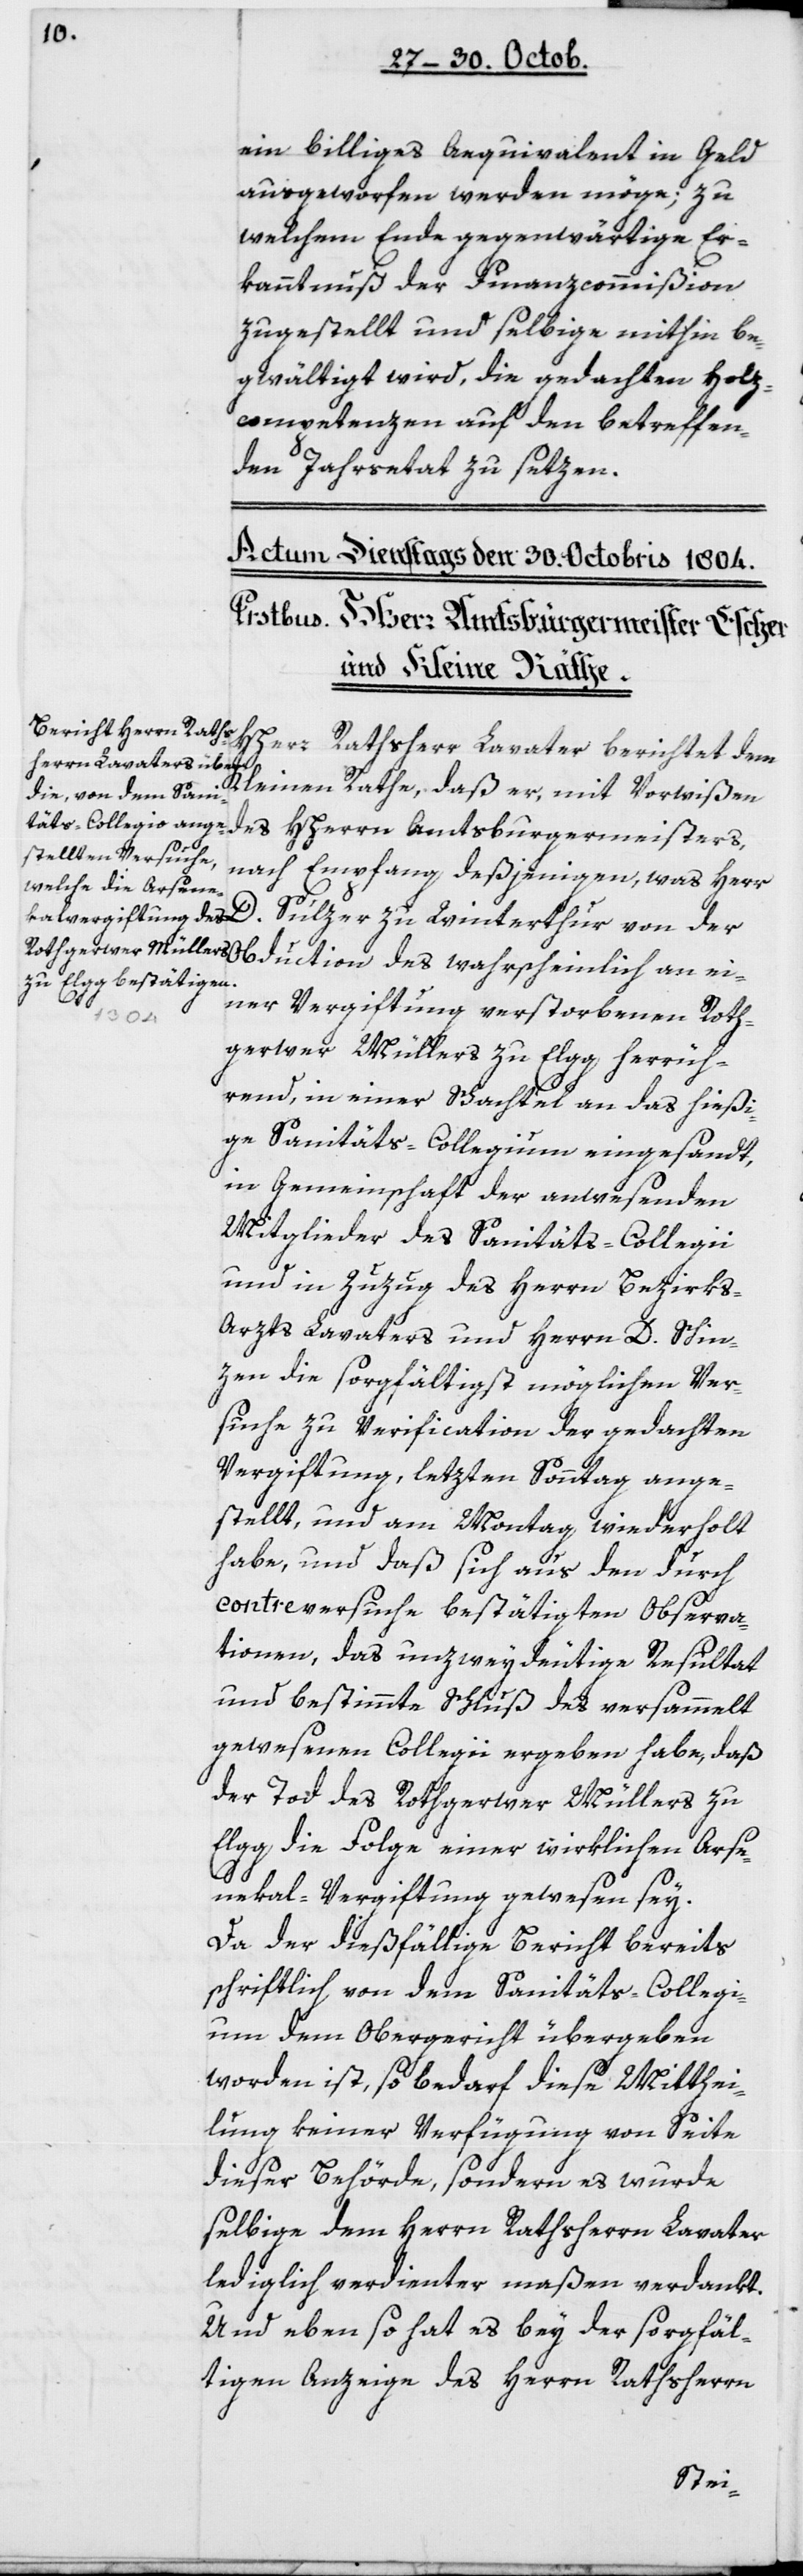
ein billiges Aequivalent in Geld
ausgeworfen werden möge; zu
welchem Ende gegenwärtige Er¬
kanntnuß der Finanzcommißion
zugestellt und selbige mithin be¬
gwältigt wird, die gedachten Holz¬
competenzen auf den betreffen¬
den Jahrsetat zu setzen.
HHerr
Rathsherr Lavater berichtet dem
Kleinen Rathe, daß er, mit Vorwißen
des HHerrn Amtsburgermeisters,
nach Empfang desjenigen, was Herr
D. Sulzer zu Winterthur von der
Obduction des wahrscheinlich an ei¬
ner Vergiftung verstorbenen Roth¬
gerwer Müllers zu Elgg herrüh¬
rend, in einer Schachtel an das hießi¬
ge Sanitäts-Collegium eingesandt,
in Gemeinschaft der anwesenden
Mitglieder des Sanitäts-Collegii
und in Zuzug des Herrn Bezirk¬
s-Arzts Lavaters und Herrn D. Schin¬
zen die sorgfältigst möglichen Ver¬
suche zu Verification der gedachten
Vergiftung, letzten Sonntag ange¬
stellt, und am Montag wiederholt
habe, und daß sich aus den durch
contreversuche bestätigten Observa¬
tionen, das unzweydeutige Resultat
und bestimmte Schluß des versammelt
gewesenen Collegii ergeben habe, daß
der Tod des Rothgerwer Müllers zu
Elgg die Folge einer wirklichen Arse¬
nekal-Vergiftung gewesen sey.
Da der dießfällige Bericht bereits
schriftlich von dem Sanitäts-Collegi¬
um dem Obergericht übergeben
worden ist, so bedarf diese Mitthei¬
lung keiner Verfügung von Seite
dieser Behörde, sondern es wurde
selbige dem Herrn Rathsherrn Lavater
lediglich verdienter maßen verdankt.
Und ebenso hat es bey der sorgfäl¬
tigen Anzeige des Herrn Rathsherrn